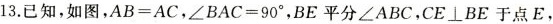
13.已知，如图，$$A B = A C$$，$$∠ B A C = 9 0 °$$，BE平分∠ABC，$$C E \bot B E$$于点E，